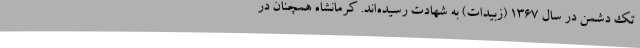
تک دشمن در سال 1367 (زبیدات) به شهادت رسیده‌اند. کرمانشاه همچنان در